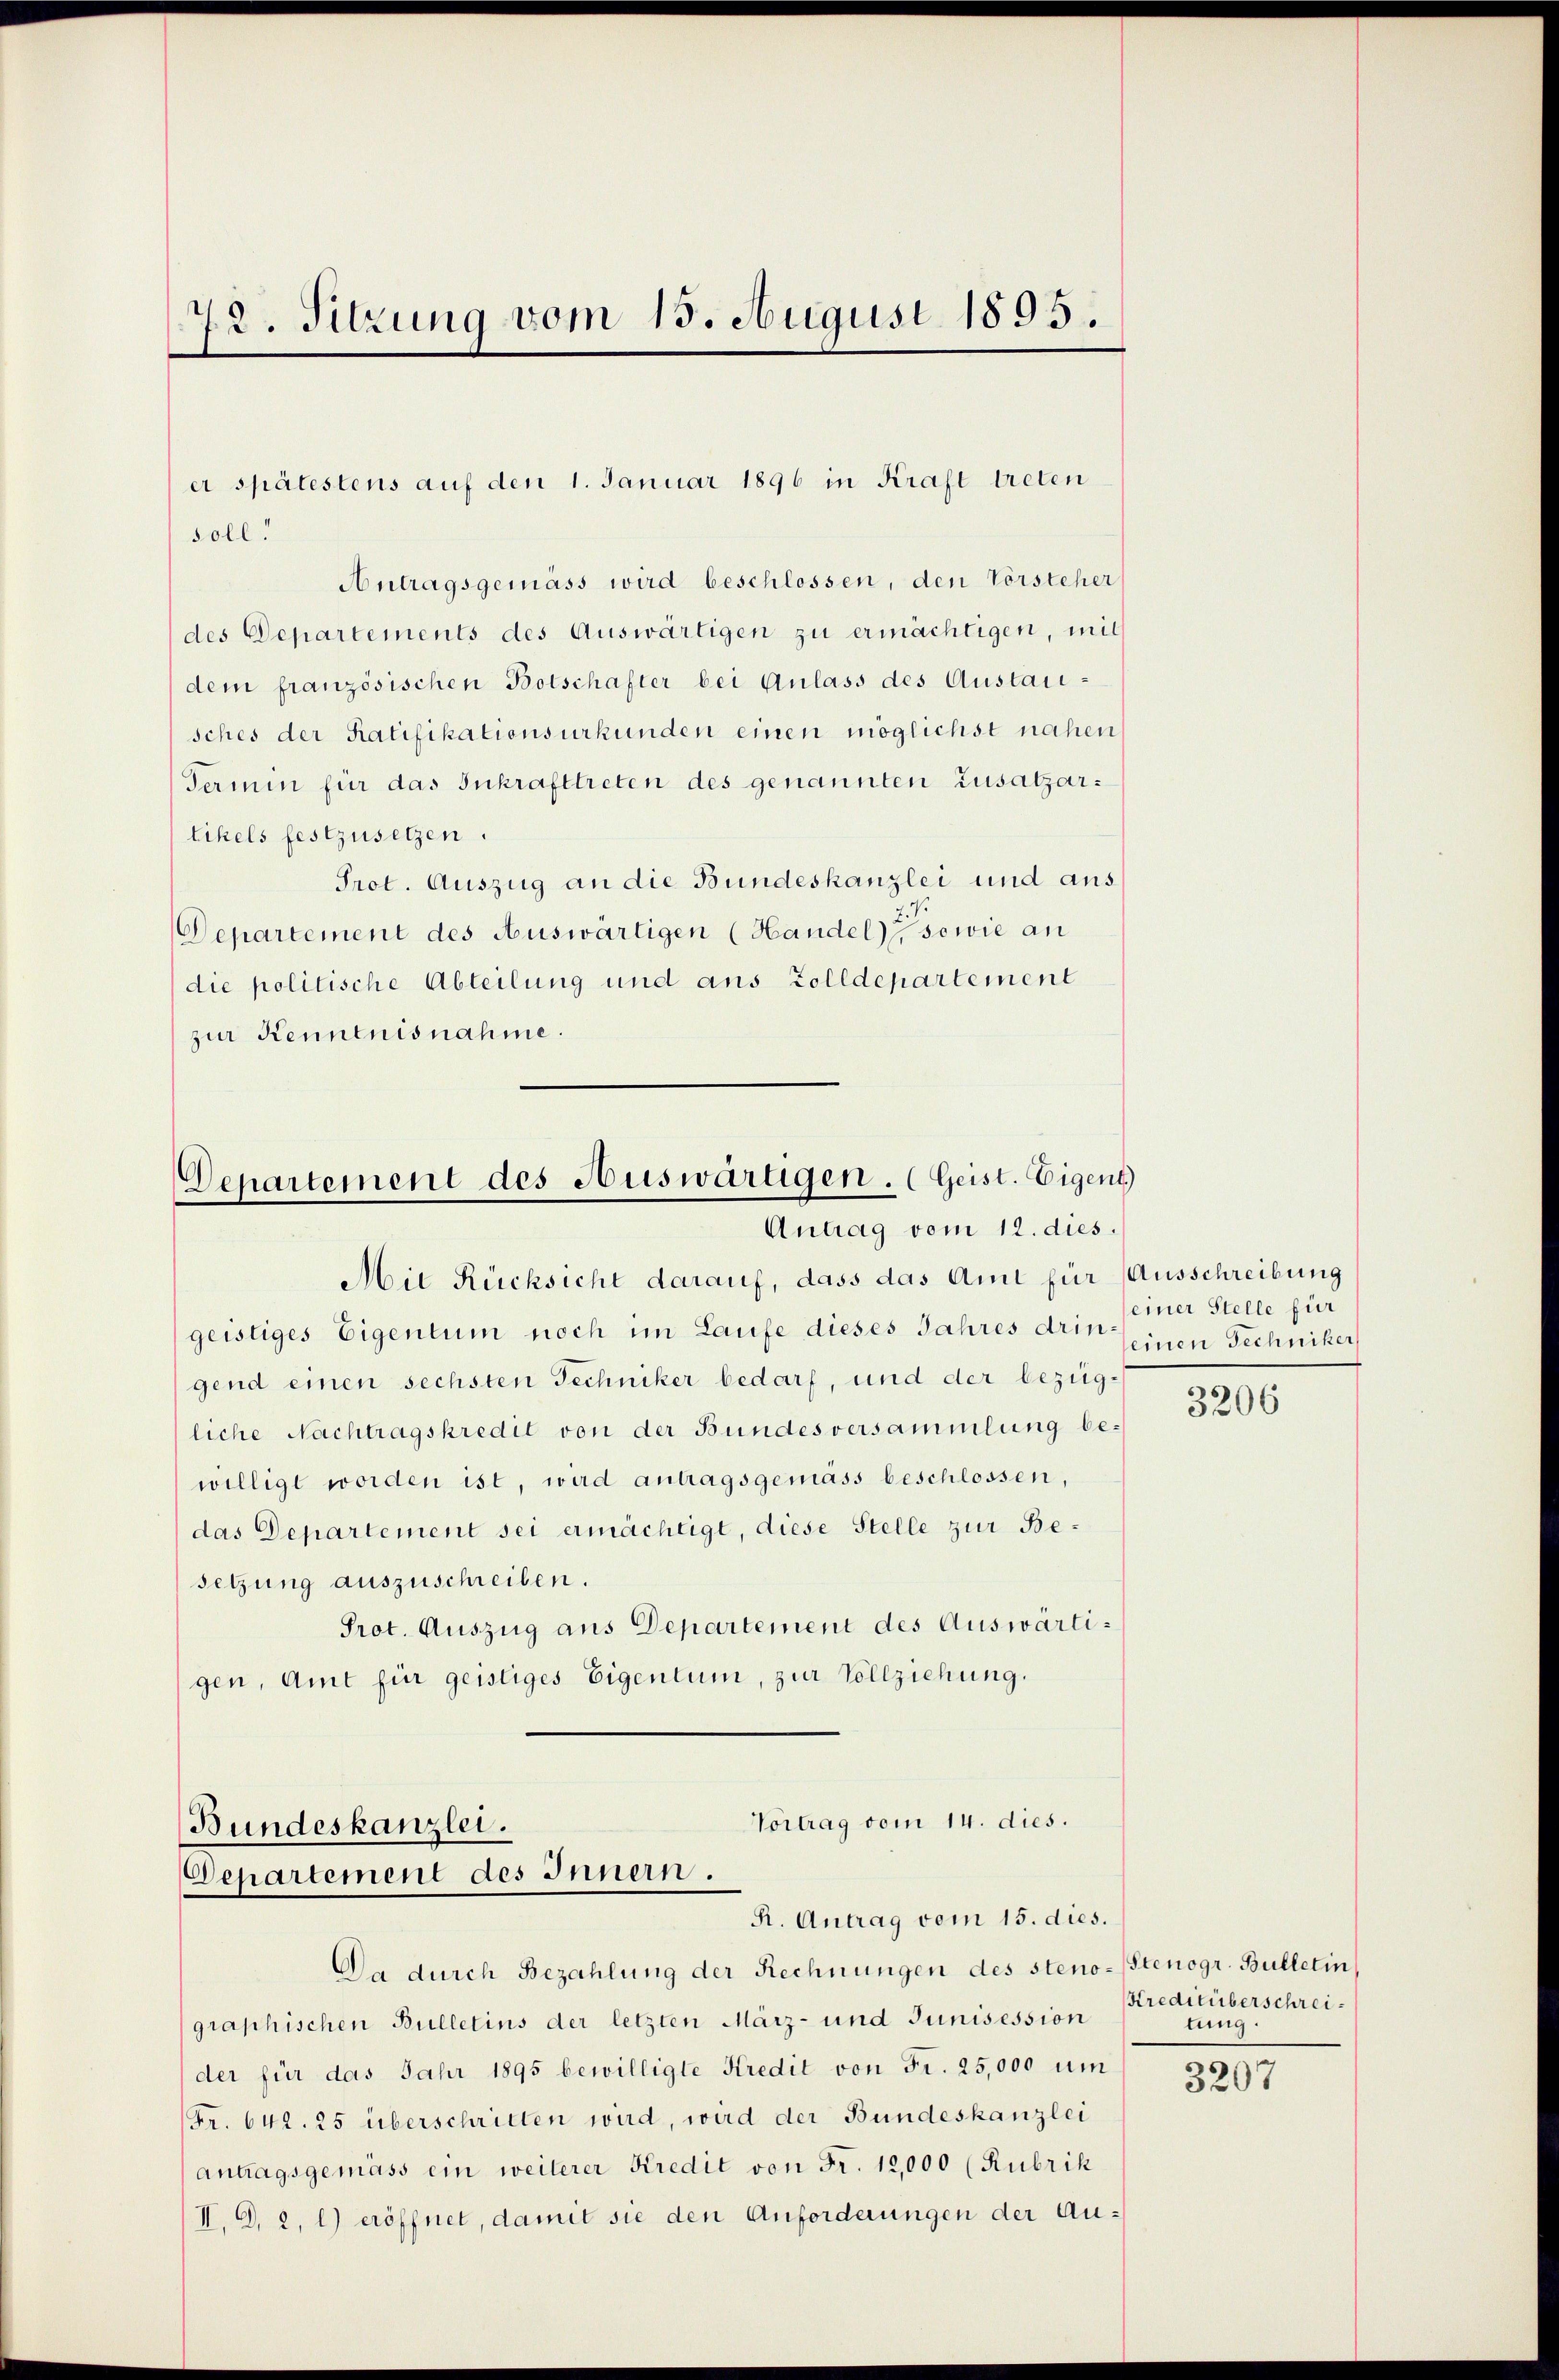
72. Sitzung vom 15. August 1895.

soll.

er spätestens auf den 1. Januar 1896 in Kraft treten

Antragsgemäss wird beschlossen, den Vorsteher
des Departements des Auswärtigen zu ermächtigen, mit
dem französischen Botschafter bei Anlass des Austarisches der Ratifikationsurkunden einen möglichst nahen
Termin für das Inkrafttreten des genannten Zusatzartikels festzusetzen.
Prot. Auszug an die Bundeskanzlei und aus
Departement des Auswärtigen (Handel sowie an
die politische Abteilung und aus Zolldepartement
zur Kenntnisnahme.

Aie Rücksicht darauf, dass das Amt für Ausschreibung
geistiges Eigentum noch im Laufe dieses Jahres dringend einen sechsten Techniker bedarf, und der bezügliche Nachtragskredit von der Bundesversammlung bewilligt worden ist, wird antragsgemäss beschlossen,
das Departement sei ermächtigt, diese Stelle zur Besetzung auszuschreiben.
Prot. Auszug aus Departement des Auswärtigen, Amt für geistiges Eigentum, zur Vollziehung.

Departement des Auswarügen. (Geist. Eigent
Antrag vom 12. dies

Vortrag vom 14. dies.
Bundeskanzlei.
Departement des Innern.
R. Antrag vom 15. dies.

Da durch Bezahlung der Rechnungen des steno-Stenogr. Bulletin
graphischen Bulletins der letzten März- und Junisession
der für das Jahr 1895 bewilligte Kredit von Fr. 25,000 um
Fr. 642. 25 überschritten wird, wird der Bundeskanzlei
antragsgemäss ein weiterer Kredit von Fr. 12,000 (Rubrik
II. D. 2, l) eröffnet, damit sie den Anforderungen der Au¬

einer Stelle für
einen Techniker

3206

Kreditüberschreilung.

3207